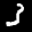
Label: 3